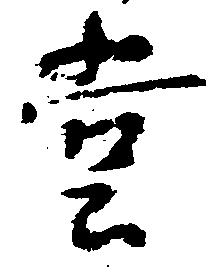
堂